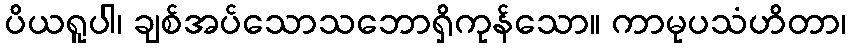
ပိယရူပါ၊ ချစ်အပ်သောသဘောရှိကုန်သော။ ကာမုပသံဟိတာ၊